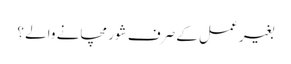
بغیر عمل کے صرف شور مچانے والے ؟